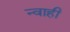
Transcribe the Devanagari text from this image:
न्वाही